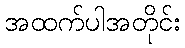
အထက်ပါအတိုင်း